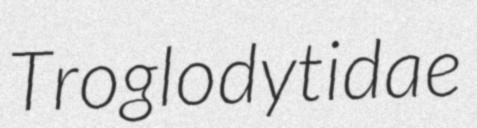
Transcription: Troglodytidae